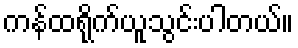
ကန်ထရိုက်ယူသွင်းပါတယ်။